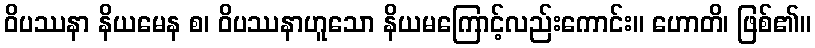
ဝိပဿနာ နိယမေန စ၊ ဝိပဿနာဟူသော နိယမကြောင့်လည်းကောင်း။ ဟောတိ၊ ဖြစ်၏။